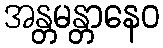
အန္တမန္တာနေဝ